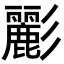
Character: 彲